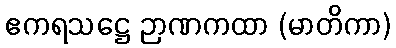
ဧကရသဋ္ဌေ ဉာဏကထာ (မာတိကာ)